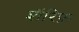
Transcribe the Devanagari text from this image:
शॅरिफ़